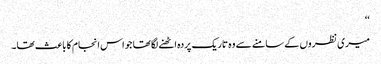
‘‘
میری نظروں کے سامنے سے وہ تاریک پردہ اٹھنے لگا تھا جو اس انجام کا باعث تھا۔